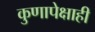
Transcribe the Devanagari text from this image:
कुणापेक्षाही